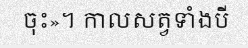
ចុះ»។ កាលសត្វទាំងបី